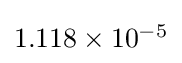
{\textstyle 1.118\times 10^{-5}}